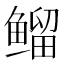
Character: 𱈊